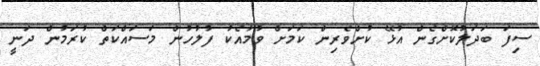
ސިފަ ބަދަލުކޮށްގެން އުޅޭ ކުށްވެރިން ކަމަށް ވުމާއެކު ފުލުހުން މަސައްކަތް ކުރަމުން ދަނީ